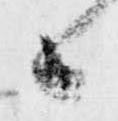
候